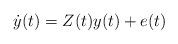
LaTeX: \begin{align*}\dot{y}(t) = Z(t)y(t) + e(t)\end{align*}